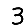
Digit: 3